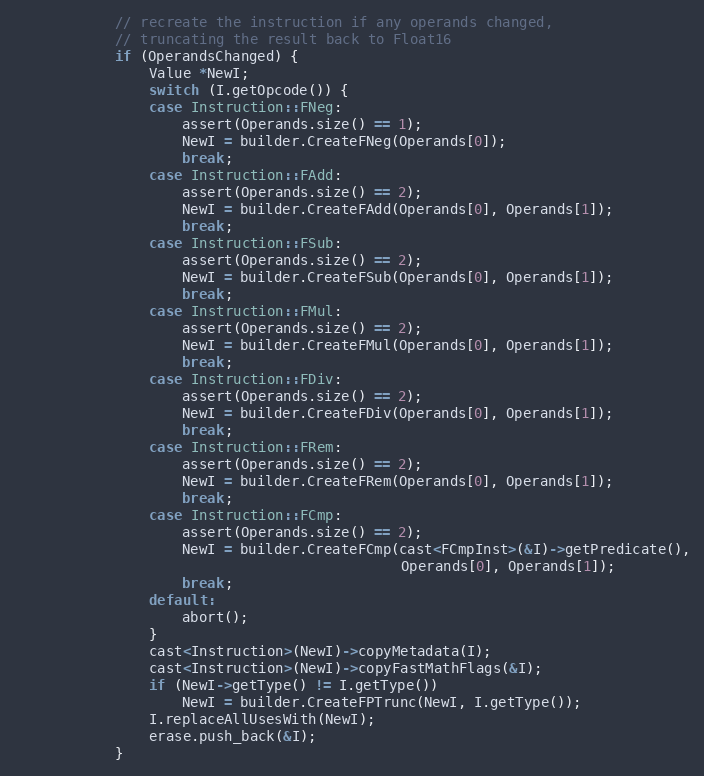
Language: C++
            // recreate the instruction if any operands changed,
            // truncating the result back to Float16
            if (OperandsChanged) {
                Value *NewI;
                switch (I.getOpcode()) {
                case Instruction::FNeg:
                    assert(Operands.size() == 1);
                    NewI = builder.CreateFNeg(Operands[0]);
                    break;
                case Instruction::FAdd:
                    assert(Operands.size() == 2);
                    NewI = builder.CreateFAdd(Operands[0], Operands[1]);
                    break;
                case Instruction::FSub:
                    assert(Operands.size() == 2);
                    NewI = builder.CreateFSub(Operands[0], Operands[1]);
                    break;
                case Instruction::FMul:
                    assert(Operands.size() == 2);
                    NewI = builder.CreateFMul(Operands[0], Operands[1]);
                    break;
                case Instruction::FDiv:
                    assert(Operands.size() == 2);
                    NewI = builder.CreateFDiv(Operands[0], Operands[1]);
                    break;
                case Instruction::FRem:
                    assert(Operands.size() == 2);
                    NewI = builder.CreateFRem(Operands[0], Operands[1]);
                    break;
                case Instruction::FCmp:
                    assert(Operands.size() == 2);
                    NewI = builder.CreateFCmp(cast<FCmpInst>(&I)->getPredicate(),
                                              Operands[0], Operands[1]);
                    break;
                default:
                    abort();
                }
                cast<Instruction>(NewI)->copyMetadata(I);
                cast<Instruction>(NewI)->copyFastMathFlags(&I);
                if (NewI->getType() != I.getType())
                    NewI = builder.CreateFPTrunc(NewI, I.getType());
                I.replaceAllUsesWith(NewI);
                erase.push_back(&I);
            }